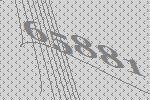
65881